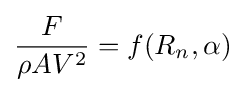
{\frac {F}{\rho AV^{2}}}=f(R_{n},\alpha )